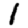
Digit: 1